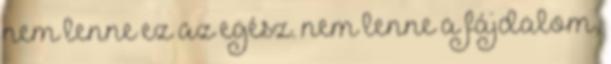
nem lenne ez az egész. nem lenne a fájdalom,